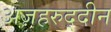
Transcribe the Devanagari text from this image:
अज़हरुद्दीन